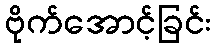
ဗိုက်အောင့်ခြင်း